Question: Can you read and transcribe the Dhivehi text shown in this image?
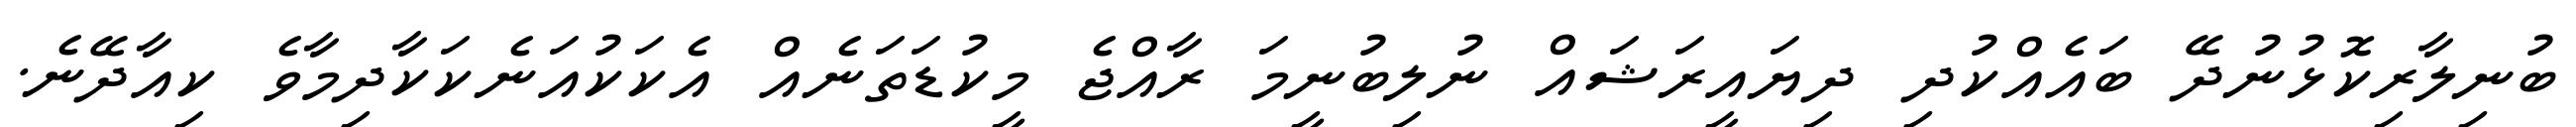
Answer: ބުނިލާރިކޮޅުނުދޭ ބައެއްކުދި ދިޔައީރަޝައް ނުލިބުނީމަ ރާއްޖެ މީކުޑަތަނެއް އެކަކުއަނެކަކާދިމާވެ ކިއާދޭނެ.